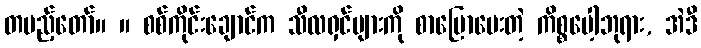
တပည့်တော်။ ။ စစ်ကိုင်းချောင်က သီလရှင်များကို စာပြောပေးတဲ့ ကိစ္စပေါ့ဘုရား, အဲဒီ